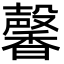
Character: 馨